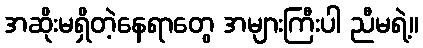
အဆိုးမရှိတဲ့နေရာတွေ အများကြီးပါ ညီမရဲ့။